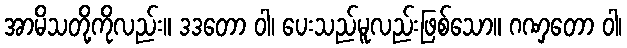
အာမိသတို့ကိုလည်း။ ဒဒတော ဝါ၊ ပေးသည်မူလည်းဖြစ်သော။ ဂဏှတော ဝါ၊